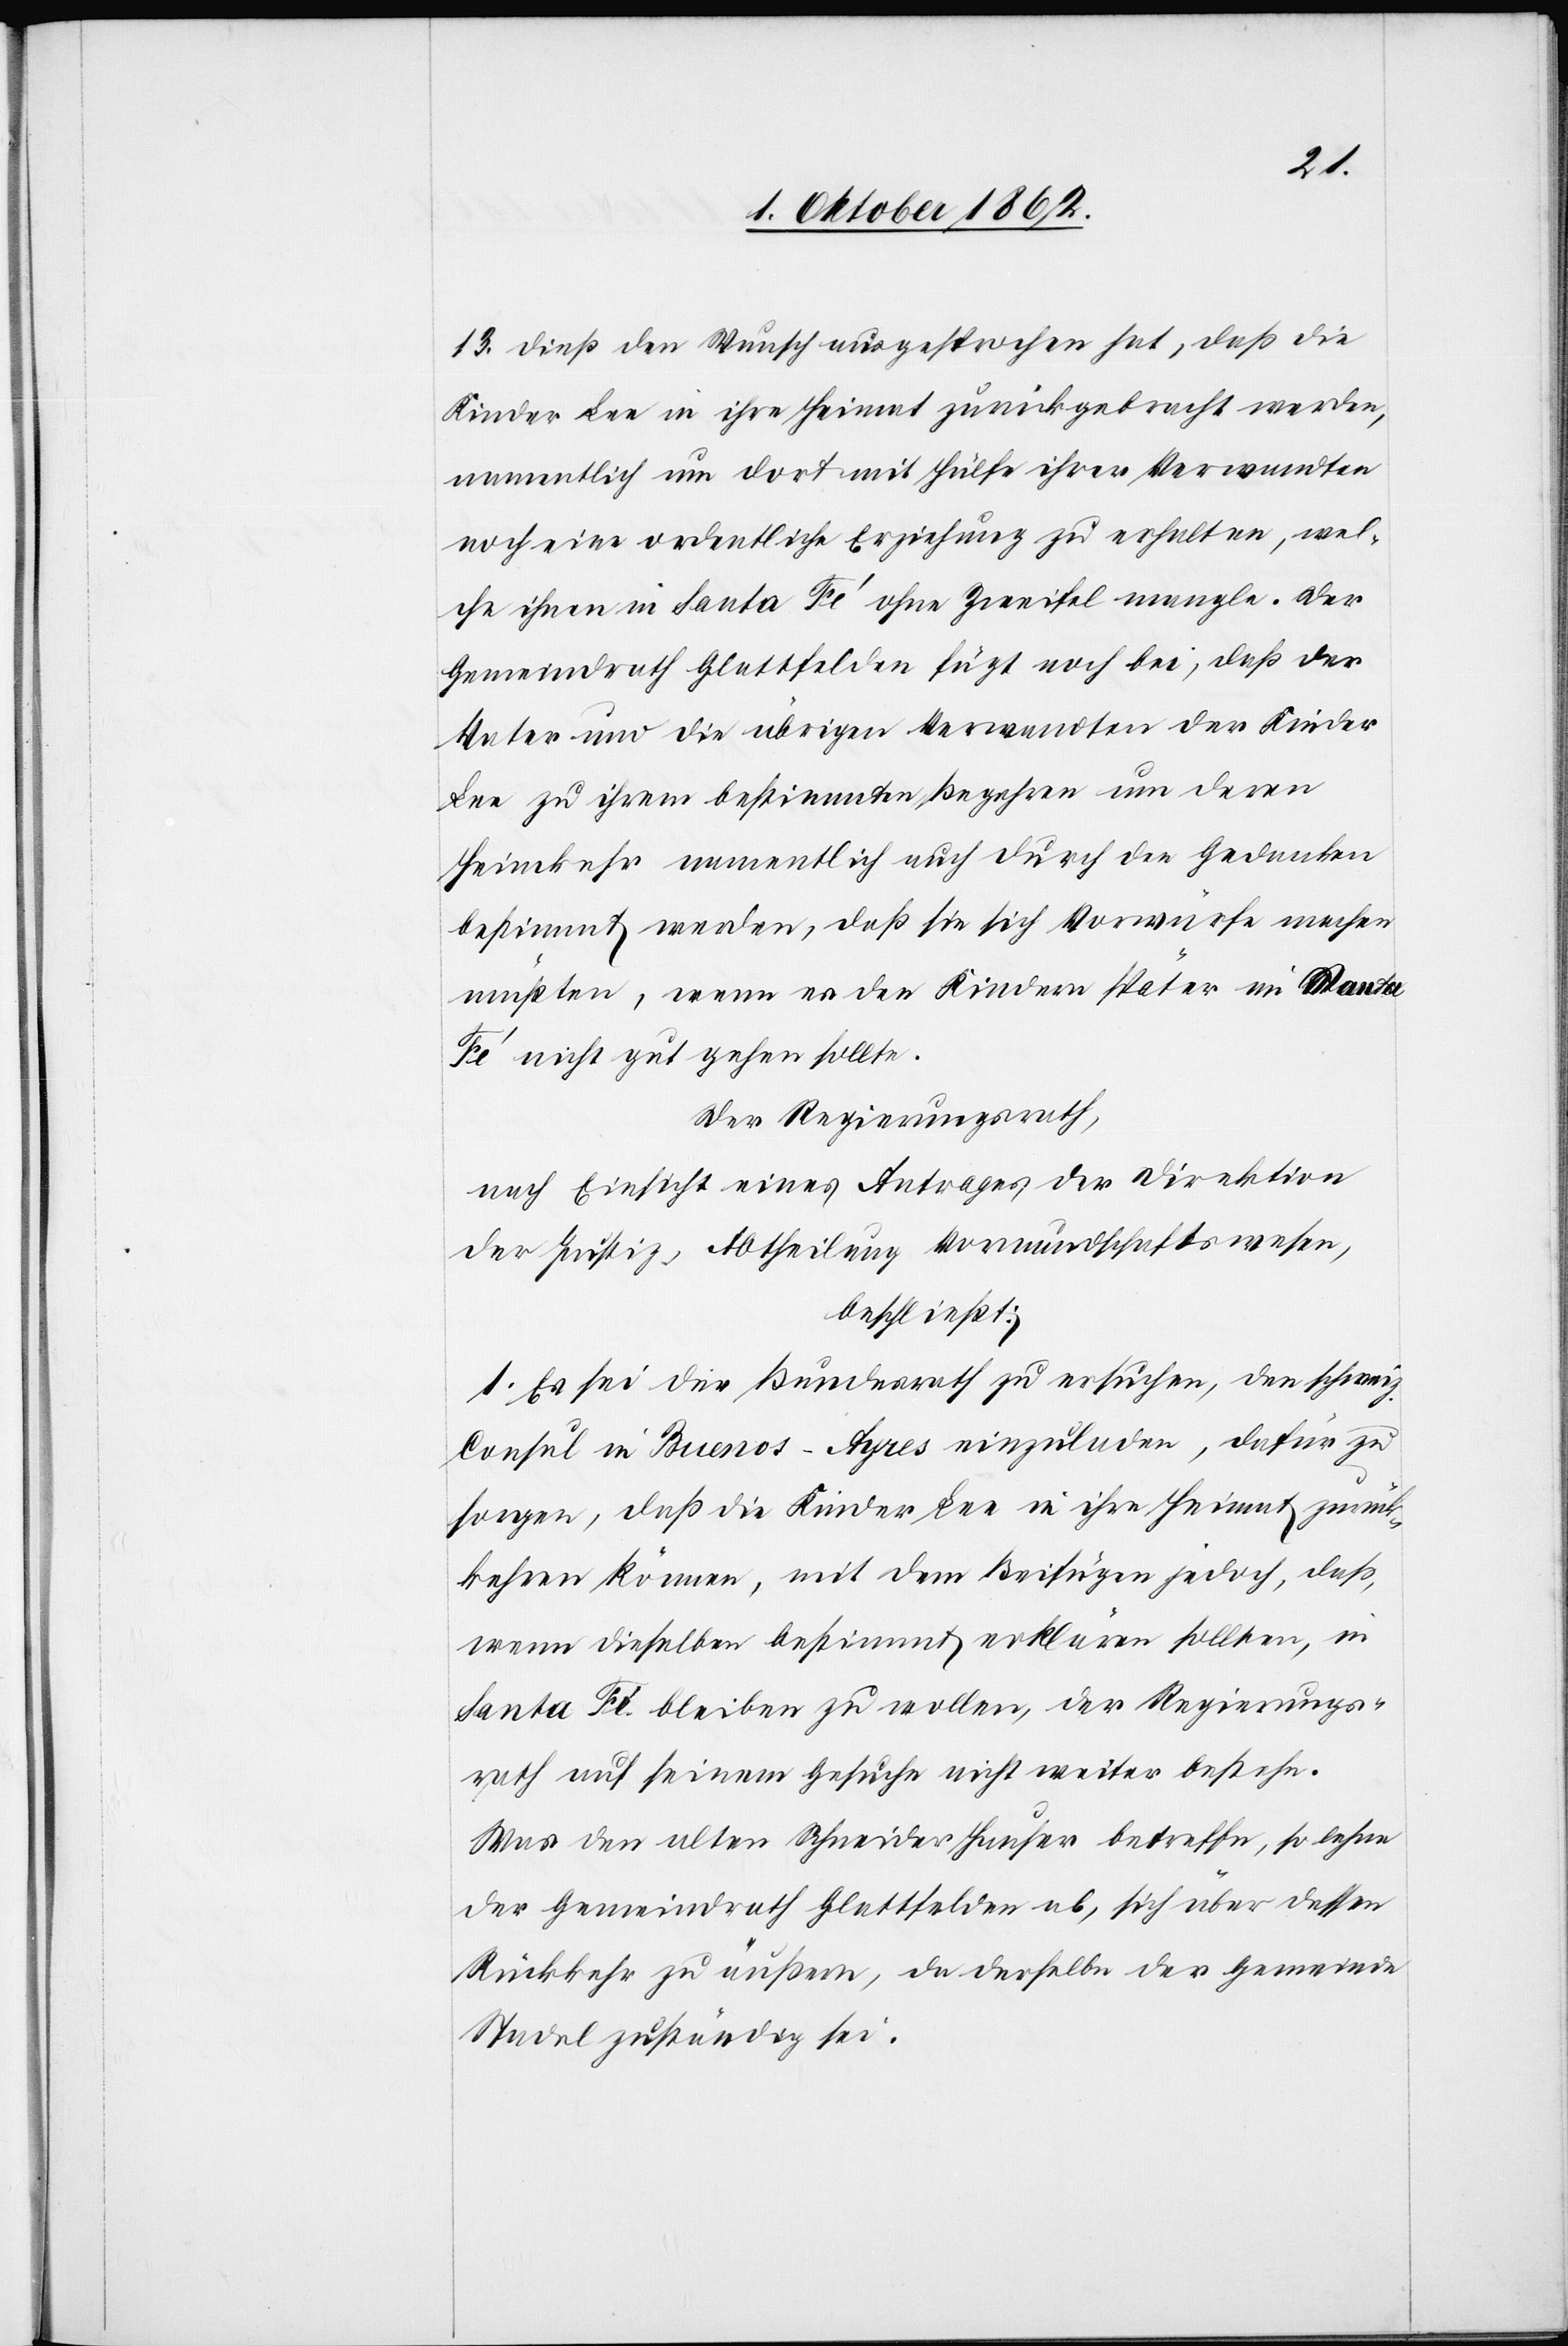
13. dieß den Wunsch ausgesprochen hat, daß die
Kinder Lee in ihre Heimat zurückgebracht werden,
namentlich um dort mit Hülfe ihrer Verwandten
noch eine ordentliche Erziehung zu erhalten, wel¬
che ihnen in Santa Fé ohne Zweifel mangle. Der
Gemeindrath Glattfelden fügt noch bei, daß der
Vater und die übrigen Verwandten der Kinder
Lee zu ihrem bestimmten Begehren um deren
Heimkehr namentlich auch durch den Gedanken
bestimmt werden, daß sie sich Vorwürfe machen
müßten, wenn es den Kindern später in Santa
Fé nicht gut gehen sollte.
Der Regierungsrath,
nach Einsicht eines Antrages der Direktion
der Justiz, Abtheilung Vormundschaftswesen,
beschließt:
1. Es sei der Bundesrath zu ersuchen, den schweiz.
Consul in Buenos-Ayres einzuladen, dafür zu
sorgen, daß die Kinder Lee in ihre Heimat zurück¬
kehren können, mit dem Beifügen jedoch, daß,
wenn dieselben bestimmt erklären sollten, in
Santa Fé bleiben zu wollen, der Regierungs¬
rath auf seinem Gesuche nicht weiter bestehe.
Was den alten Schneider Hauser betreffe, so lehne
der Gemeindrath Glattfelden ab, sich über dessen
Rückkehr zu äußern, da derselbe der Gemeinde
Stadel zuständig sei.